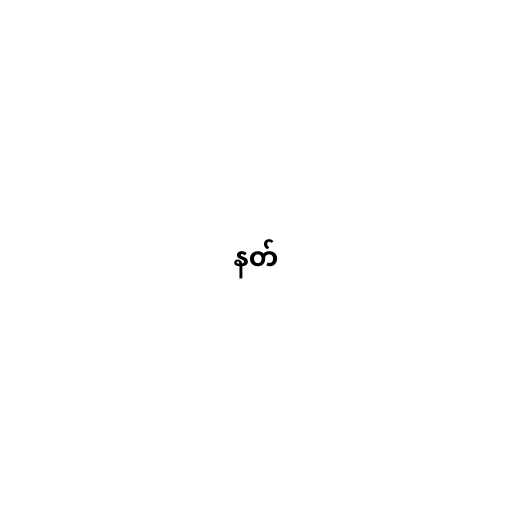
နတ်